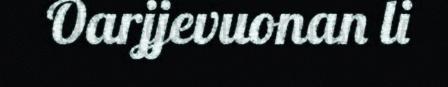
Oarjjevuonan li